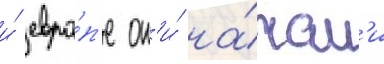
и́ евро́п'е он'и́ на́чал'и